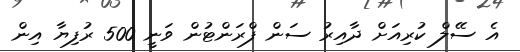
އެ ސޭލް ކުރިއަށް ދާއިރު ސަން ފްރަންޓުން ވަނީ 500 ރުފިޔާ އިން